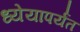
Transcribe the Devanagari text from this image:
ध्येयापर्यंत